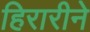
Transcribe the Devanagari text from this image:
हिरारीने